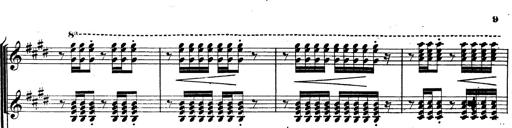
Title: BÃ©nÃ©diction et serment
Composer: Franz Liszt